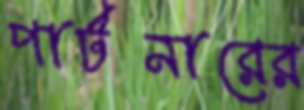
পার্টনারের